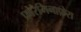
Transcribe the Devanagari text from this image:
फ़ोरैमिनाफ़ेरा